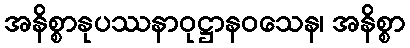
အနိစ္စာနုပဿနာဝုဋ္ဌာနဝသေန၊ အနိစ္စာ